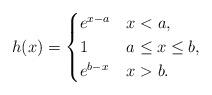
LaTeX: \begin{align*}h(x) = \begin{cases} e^{x-a} & x < a, \\ 1 & a \le x \le b, \\ e^{b-x} & x > b. \end{cases}\end{align*}